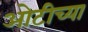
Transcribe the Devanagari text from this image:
ओटीच्या